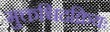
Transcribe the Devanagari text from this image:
मुक्तश्चिदक्रियः